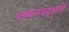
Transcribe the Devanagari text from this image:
प्लवनपद्धति